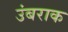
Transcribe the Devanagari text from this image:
उंबराक